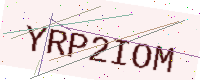
Text: YRP2IOM